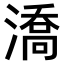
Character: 𣾷